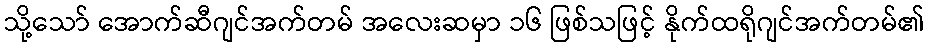
သို့သော် အောက်ဆီဂျင်အက်တမ် အလေးဆမှာ ၁၆ ဖြစ်သဖြင့် နိုက်ထရိုဂျင်အက်တမ်၏